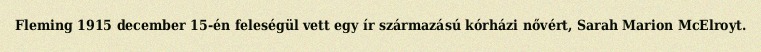
Fleming 1915 december 15-én feleségül vett egy ír származású kórházi nővért, Sarah Marion McElroyt.